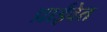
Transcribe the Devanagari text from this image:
प्राईवेत